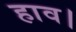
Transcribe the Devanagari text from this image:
हाव।